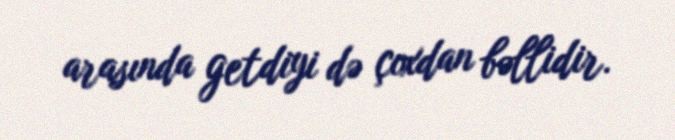
arasında getdiyi də çoxdan bəllidir.